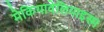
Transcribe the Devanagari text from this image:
मेकियावेलियाइस्म